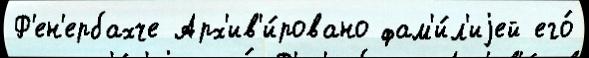
Ф'ен'ербахче Арх'ив'и́ровано фам'и́л'иjей его́